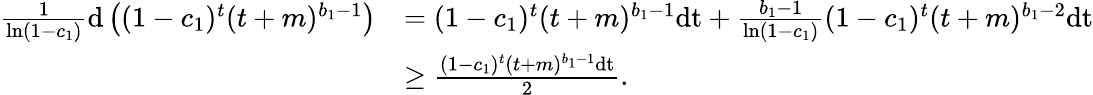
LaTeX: \begin{array}{rl}{\frac{1}{\ln(1-c_{1})}\mathrm{d}\left((1-c_{1})^{t}(t+m)^{b_{1}-1}\right)}&{=(1-c_{1})^{t}(t+m)^{b_{1}-1}\mathrm{dt}+\frac{b_{1}-1}{\ln(1-c_{1})}(1-c_{1})^{t}(t+m)^{b_{1}-2}\mathrm{dt}}\\ &{\geq\frac{(1-c_{1})^{t}(t+m)^{b_{1}-1}\mathrm{dt}}{2}.}\end{array}